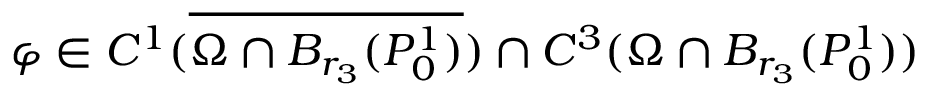
\varphi \in C ^ { 1 } ( \overline { { \Omega \cap B _ { r _ { 3 } } ( P _ { 0 } ^ { 1 } ) } } ) \cap C ^ { 3 } ( { \Omega \cap B _ { r _ { 3 } } ( P _ { 0 } ^ { 1 } ) } )